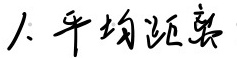
1. 平均距离